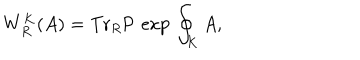
W _ { R } ^ { K } ( A ) = \mathrm { T r } _ { R } \mathrm { P } \, \exp \, \oint _ { K } A ,